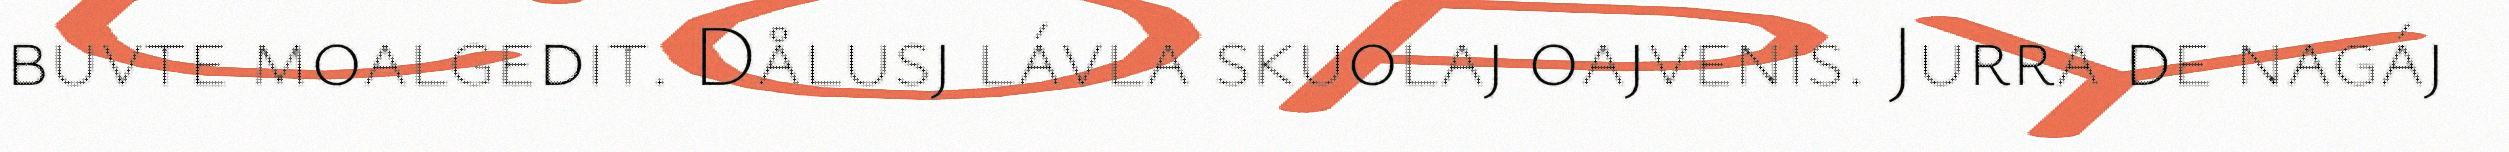
buvte moalgedit. Dålusj lávla skuolaj oajvenis. Jurra de nagáj